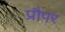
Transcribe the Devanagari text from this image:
प्रौपर